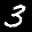
Label: 3